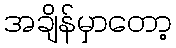
အချိန်မှာတော့